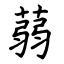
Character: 蒻